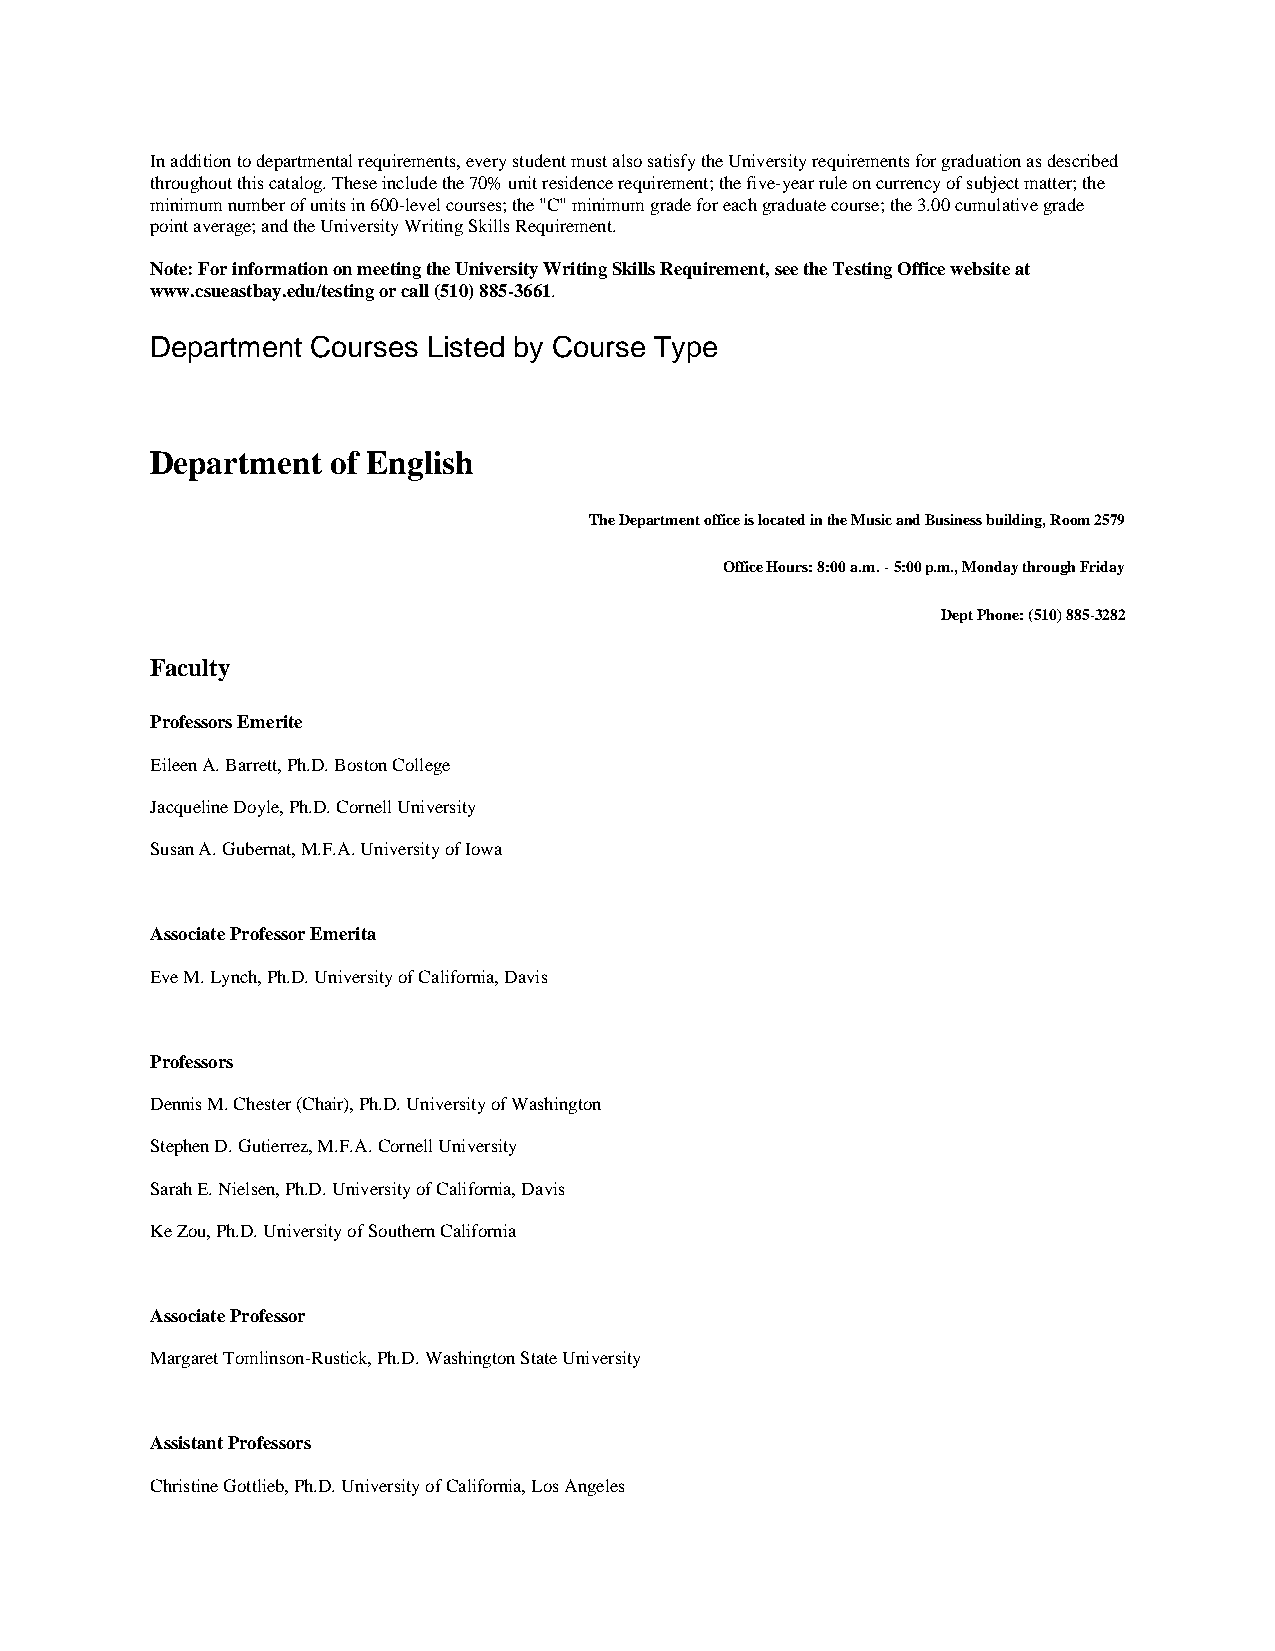
In addition to departmental requirements, every student must also satisfy the University requirements for graduation as described
 throughout this catalog. These include the 70% unit residence requirement; the five-year rule on currency of subject matter; the
 minimum number of units in 600-level courses; the "C" minimum grade for each graduate course; the 3.00 cumulative grade
 point average; and the University Writing Skills Requirement.
 Note: For information on meeting the University Writing Skills Requirement, see the Testing Office website at
 www.csueastbay.edu/testing or call (510) 885-3661.
 Department Courses Listed by Course Type
 Department  of English
 The Department office is located in the Music and Business building, Room 2579
 Office Hours: 8:00 a.m. - 5:00 p.m., Monday through Friday
 Dept Phone: (510) 885-3282
 Faculty
 Professors Emerite
 Eileen A. Barrett, Ph.D. Boston College
 Jacqueline Doyle, Ph.D. Cornell University
 Susan A. Gubernat, M.F.A. University of Iowa
 Associate Professor Emerita
 Eve M. Lynch, Ph.D. University of California, Davis
 Professors
 Dennis M. Chester (Chair), Ph.D. University of Washington
 Stephen D. Gutierrez, M.F.A. Cornell University
 Sarah E. Nielsen, Ph.D. University of California, Davis
 Ke Zou, Ph.D. University of Southern California
 Associate Professor
 Margaret Tomlinson-Rustick, Ph.D. Washington State University
 Assistant Professors
 Christine Gottlieb, Ph.D. University of California, Los Angeles